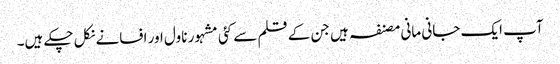
آپ ایک جانی مانی مصنفہ ہیں جن کے قلم سے کئی مشہور ناول اور افسانے نکل چکے ہیں۔